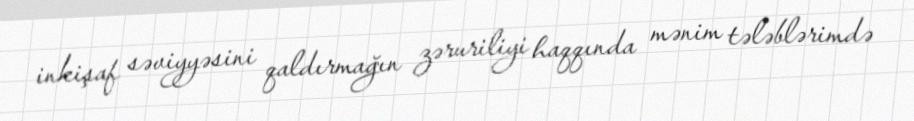
inkişaf səviyyəsini qaldırmağın zəruriliyi haqqında mənim tələblərimdə